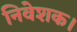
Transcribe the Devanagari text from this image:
निवेशक।